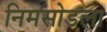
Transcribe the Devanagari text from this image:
निमसोडला